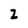
Character: 2